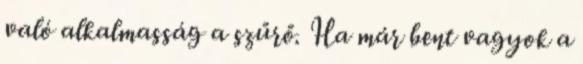
való alkalmasság a szűrő. Ha már bent vagyok a